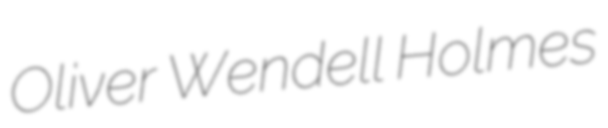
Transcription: Oliver Wendell Holmes